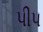
પીપ